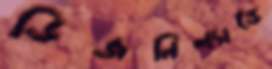
ডিজনিল্যান্ডে